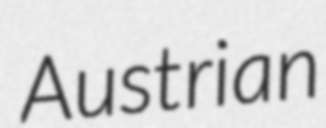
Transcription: Austrian